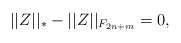
\begin{align*} ||Z||_{*}-||Z||_{F_{2n+m}}=0,\end{align*}